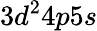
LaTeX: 3d^{2}4p5s